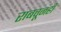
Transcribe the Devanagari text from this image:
राबवूनही